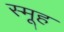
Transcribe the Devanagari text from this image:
स्मूह